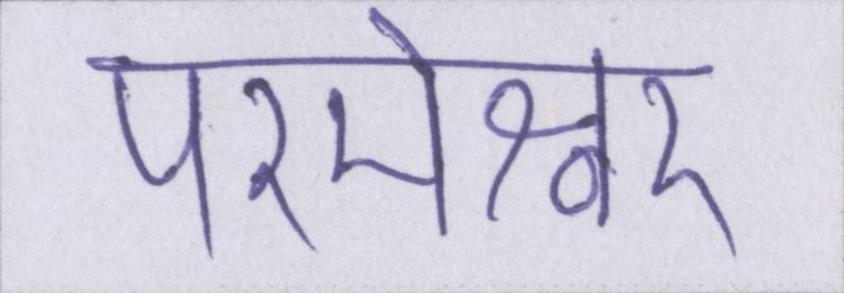
परमेश्वर